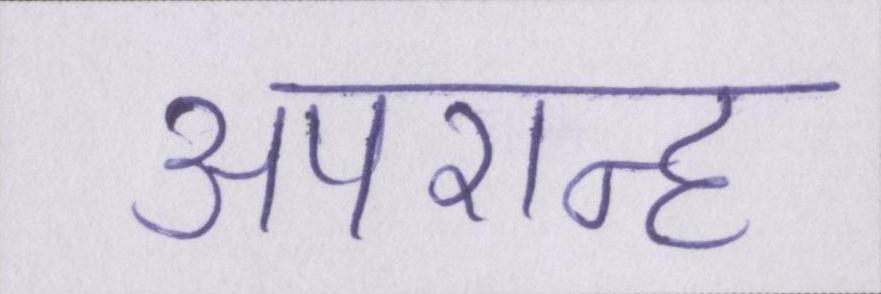
अपरान्ह